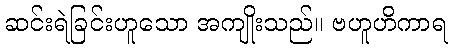
ဆင်းရဲခြင်းဟူသော အကျိုးသည်။ ဗဟူဟိကာရ